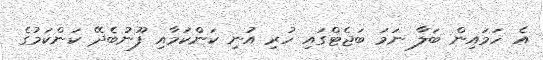
އެ ހަމައިން ބަލާ ނަމަ ބަޖެޓްގައި ހުރި އުނި ކަންކަމާއި ފޫނުބެދޭ ކަންކަމުގެ